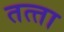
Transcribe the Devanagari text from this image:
तत्‍ता